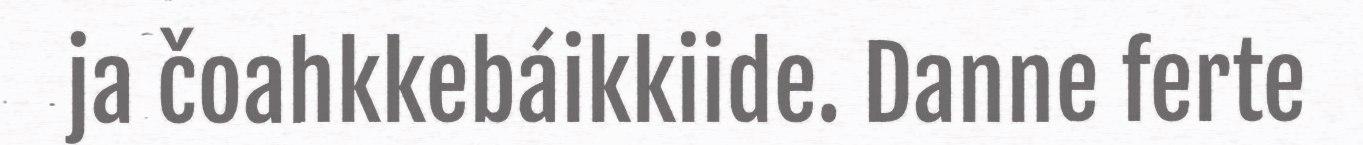
ja čoahkkebáikkiide. Danne ferte